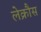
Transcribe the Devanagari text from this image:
लेक्रौस